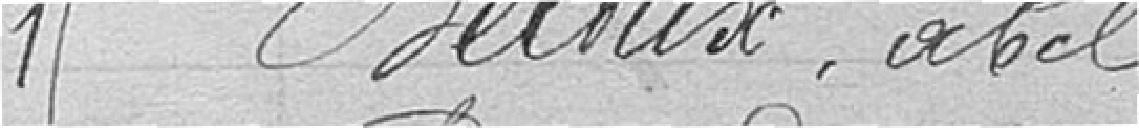
15. Beloux, Abel